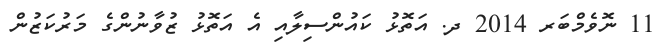
11 ނޮވެމްބަރ 2014 ދ. އަތޮޅު ކައުންސިލާއި އެ އަތޮޅު ޒުވާނުންގެ މަރުކަޒުން